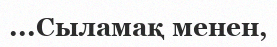
...Сыламақ менен,